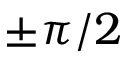
\pm \pi / 2